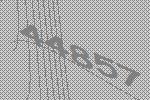
44857